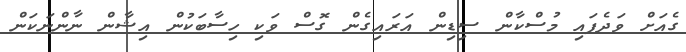
ގެއަށް ވަދެފައި މުސްކާން ސިޑިން އަރައިގެން ގޮސް ވަކި ހިސާބަކުން އިޝާން ނާންނަކަން